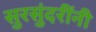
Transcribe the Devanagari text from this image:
सुरसुंदरींनी